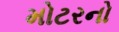
મોટરનો